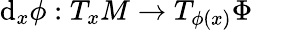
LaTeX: \mathrm{d}_{x}\phi:T_{x}M\to T_{\phi(x)}\Phi\quad